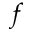
f